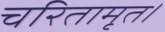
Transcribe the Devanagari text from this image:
चरितामृत।